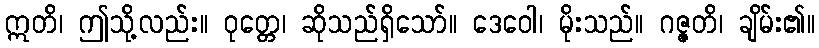
ဣတိ၊ ဤသို့လည်း။ ဝုတ္တေ၊ ဆိုသည်ရှိသော်။ ဒေဝေါ၊ မိုးသည်။ ဂဇ္ဇတိ၊ ချိမ်း၏။